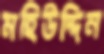
মহিউদ্দিন